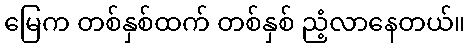
မြေက တစ်နှစ်ထက် တစ်နှစ် ညံ့လာနေတယ်။